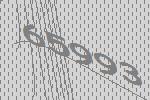
65993